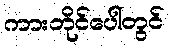
ကားတိုင်ပေါ်တွင်